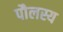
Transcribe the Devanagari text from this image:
पौलस्य